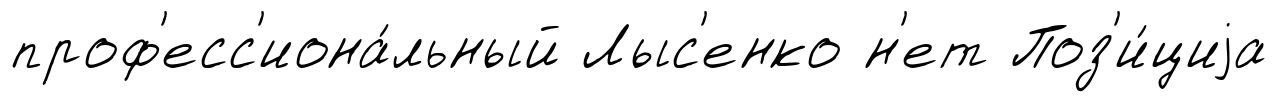
проф'есс'иона́льный Лыс'енко н'ет Поз'и́циjа